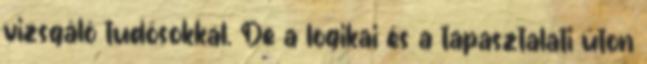
vizsgáló tudósokkal. De a logikai és a tapasztalati úton